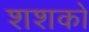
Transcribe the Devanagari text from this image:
शशकों